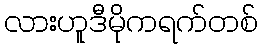
လားဟူဒီမိုကရက်တစ်